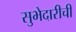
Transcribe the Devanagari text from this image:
सुभेदारीची